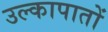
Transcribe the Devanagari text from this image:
उल्कापातों